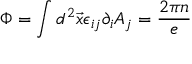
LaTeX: \Phi = \int d ^ { 2 } \vec { x } \epsilon _ { i j } \partial _ { i } A _ { j } = \frac { 2 \pi n } { e }